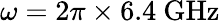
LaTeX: \omega=2\pi\times 6.4~\mathrm{GHz}